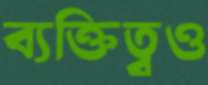
ব্যক্তিত্বও